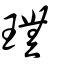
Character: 璑